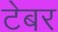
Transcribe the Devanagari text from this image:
टेबर